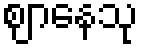
ဈာနေသု